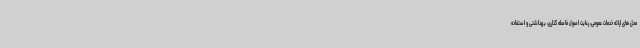
محل های ارائه خدمات عمومی، رعایت اصول فاصله گذاری، بهداشتی و استفاده